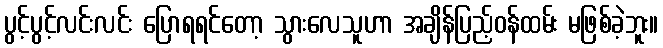
ပွင့်ပွင့်လင်းလင်း ပြောရရင်တော့ သွားလေသူဟာ အချိန်ပြည့်ဝန်ထမ်း မဖြစ်ခဲ့ဘူး။